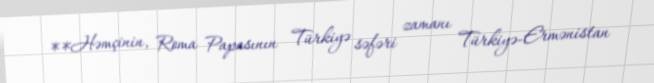
**Həmçinin, Roma Papasının Türkiyə səfəri zamanı Türkiyə-Ermənistan